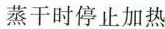
蒸干时停止加热